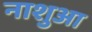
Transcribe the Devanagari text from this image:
नाशुआ